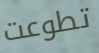
تطوعت